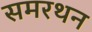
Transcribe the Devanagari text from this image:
समरथन